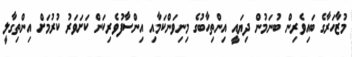
މުޒާހަރާގެ ބައިވެރިން ބުނަމުން ދިޔައީ އިންތިހާބުގެ މިނިވަންކަމާއި އިންސާފުވެރިކަން ކަށަވަރު ކުރުމަށް އިންތިގާލީ